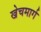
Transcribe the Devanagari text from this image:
खेचमार्ग